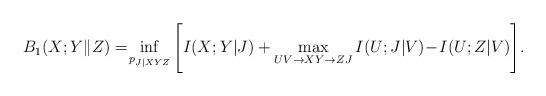
LaTeX: \begin{align*}&B_1(X;Y\|Z) =\!\inf_{p_{J|XYZ}} \Bigg[I(X;Y|J) + \max_{UV\rightarrow XY\rightarrow ZJ}I(U;J|V)\!-\!I(U;Z|V)\Bigg].\end{align*}